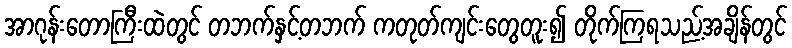
အာဂုန်းတောကြီးထဲတွင် တဘက်နှင့်တဘက် ကတုတ်ကျင်းတွေတူး၍ တိုက်ကြရသည့်အချိန်တွင်